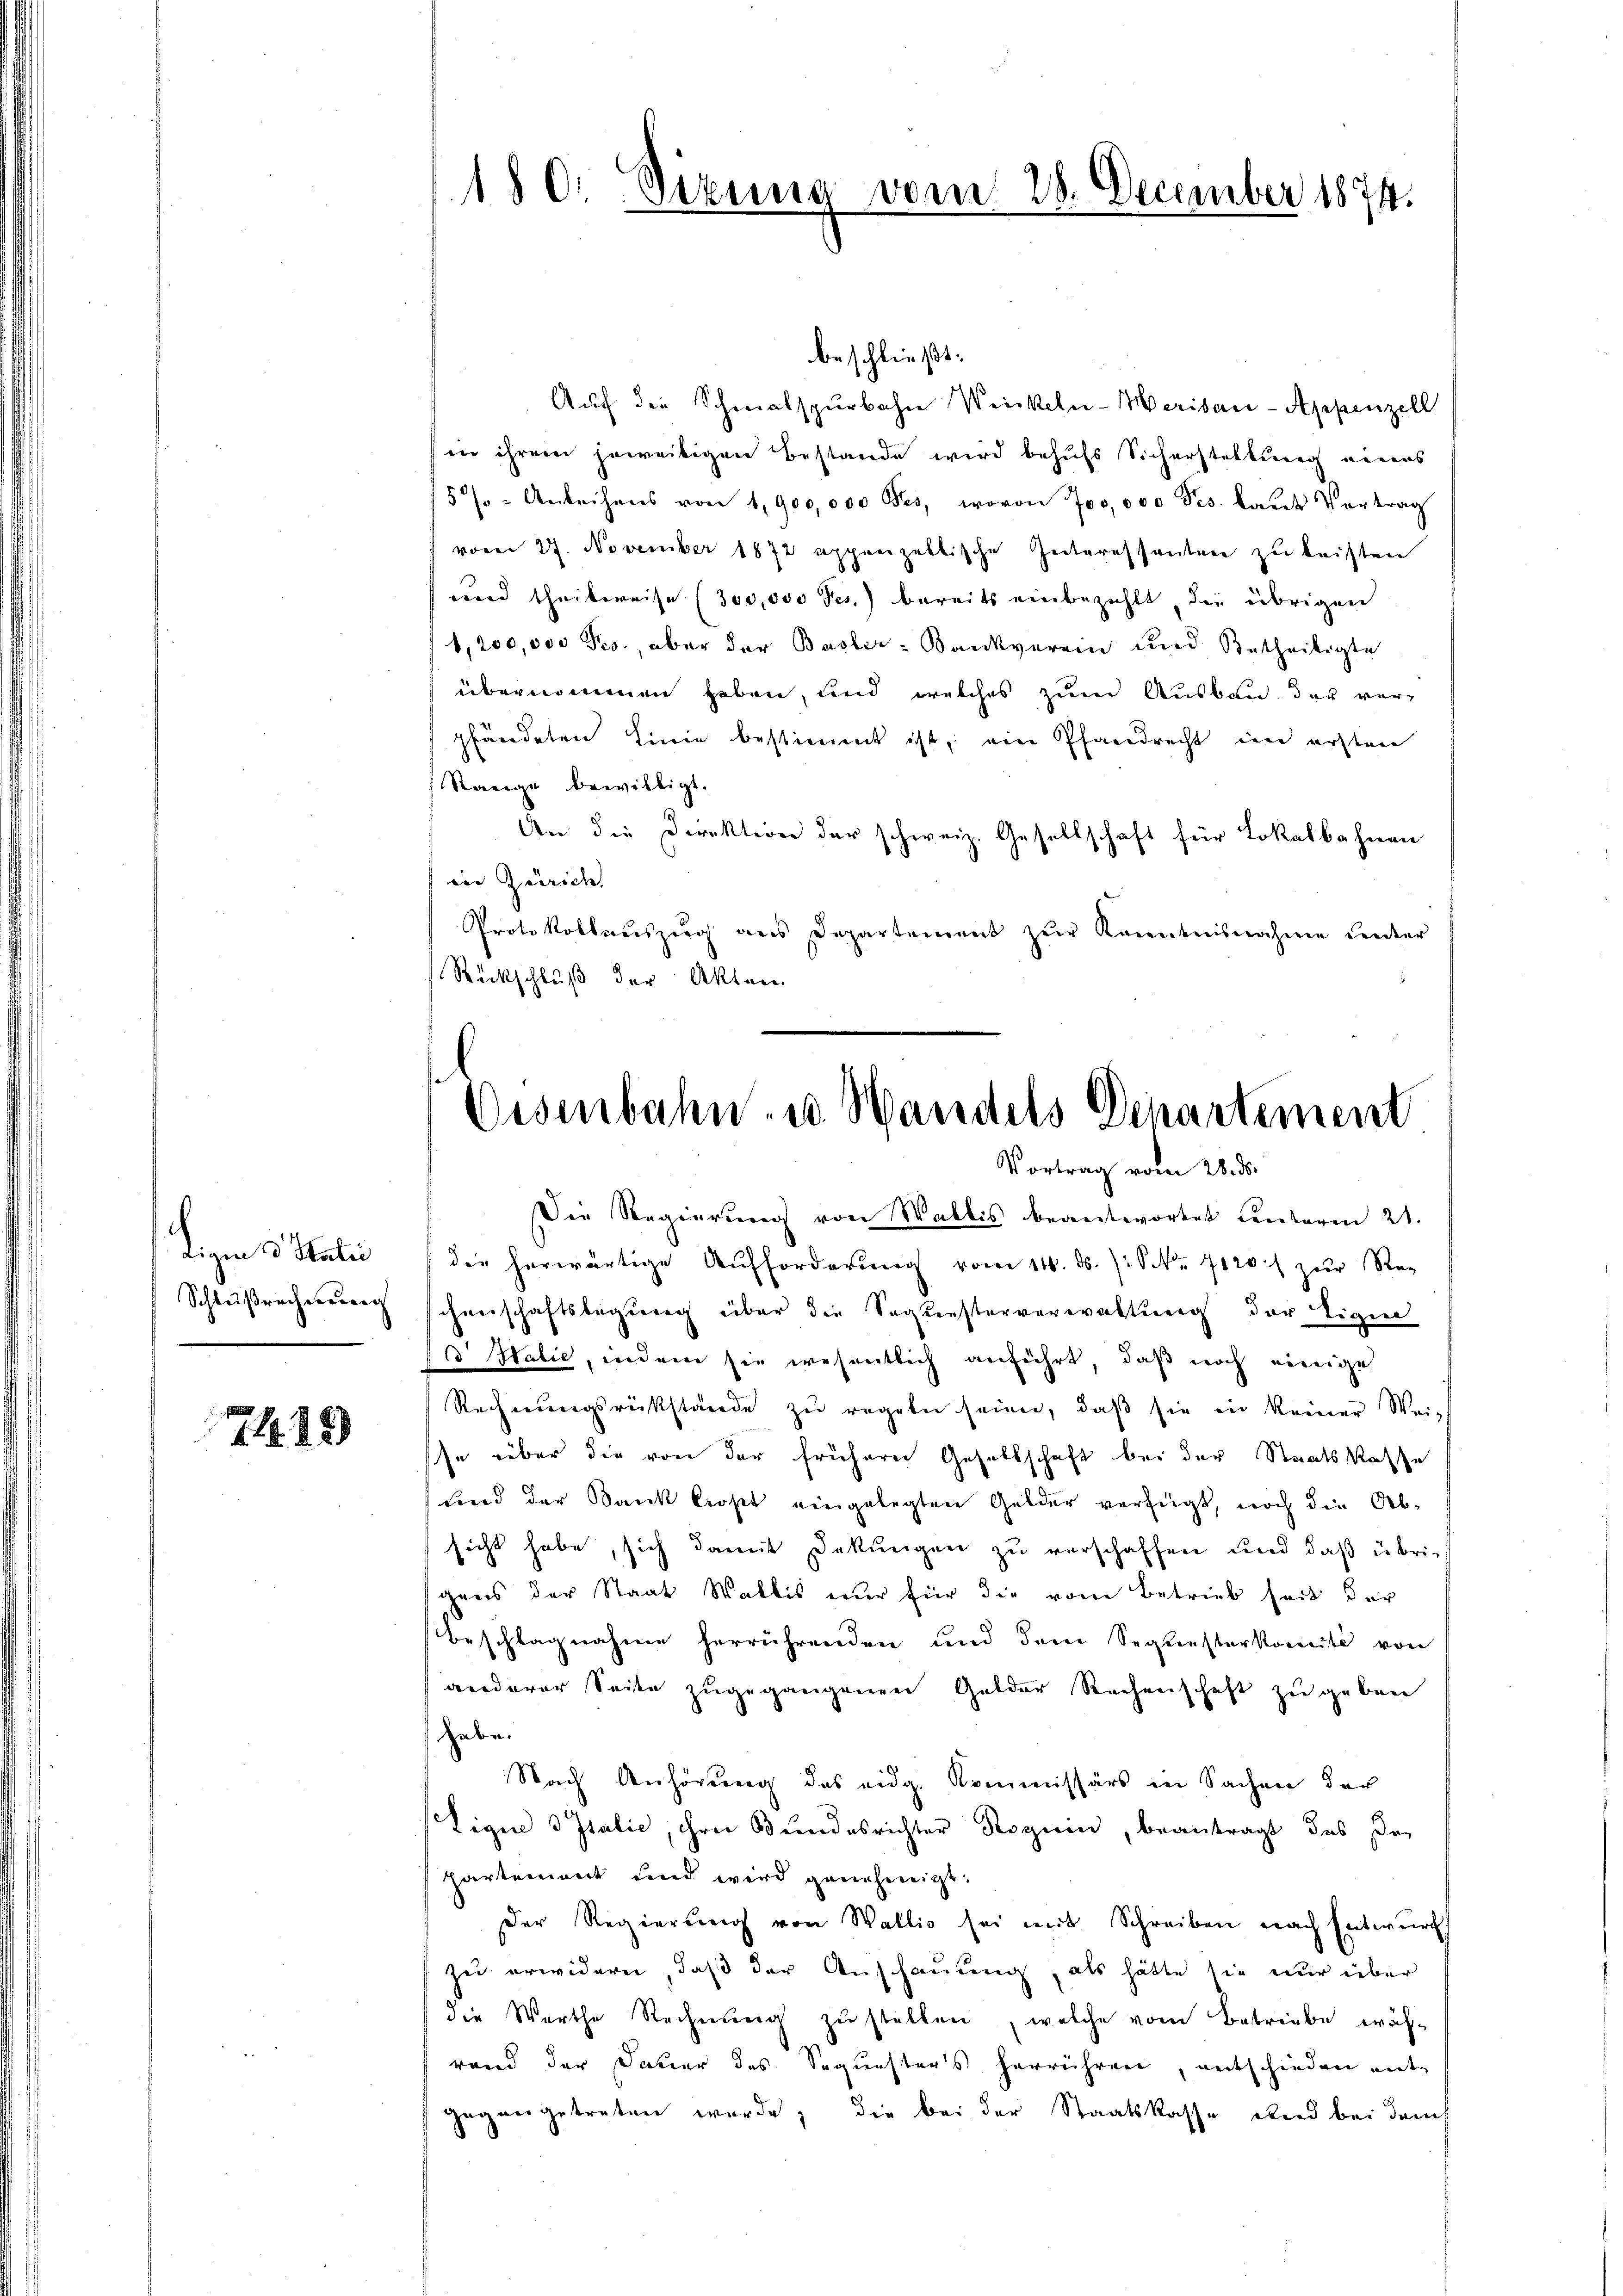
Ligen 13. Statio
Schlußrecherung

7. 25

180. Sizung vom 28. December 1874.

beschließt:
Aŭf die Schmalspurbahn Weinkeln-Meribau-Appenzell
in ihrem jeweitigen Bestande wird behufs Sicherstellung eines
5% - Anleihens von 1,900,000 Bes, wovon 700,000 Pes. laut Vortrag
vom 27. November 1872 appenzeltische Interessanten zu leisten
und theilweise (300,000 Fr.) bereits einbezahlt die übrigen
1,200,000 Fco., aber der Basler-Bankverein und Betheiligte
übernommen haben, und welches zum Ausbau der verpfändeten Linie bestimmt ist, eine Pfandrecht ein erstere
Range bewilligt.
An die Direktion der schweiz. Gesellschaft für Lokalbahnen
ein Zürich
Protokollaŭszŭg ans Departement zŭr Kenntnisnahme Center
Rückschluß der Akten.

Eisenbahn- u. Handels Departement
Vortrag vom 28. ds.

Die Regierŭng von Wallis beantwortet Centerm 21.
die herwärtige Aufforderung vom 14. ds. /: Sekr. 7120) zur Reg
chenschaftslegung über die Segesterverwaltung der Eigen
d Halie, indem sie wesentlich anführt, daß noch vereige
Rechnungsrückstände zu regeln seien, daß sie in keiner Weis
se über die von der früherer Gesellschaft bei der Staatskasse
und der Bank kropt eingelegten Gelder verfügt, noch die Ab-
sicht habe, sich damit Dekungen zu verschaffen und daß übrig
gens der Staat Wallis nur für die vom Betrieb heit der
beschlagnahme herrührenden und dem Sequesterkomité von
wiederer Seite zugegangenen Gelder Rechenschaft zu geben
habe.
Nach Anhörung des eidg. Kommissärs in Sachen der
Ligue Italie, ihrer Bundesrichter Roguin, beantragt, das Dr
hartement und wird genehmigt.
Der Regierung von Wallis sei mit Schreiben nach Entwurf
zu erwidern, daß der Anschauung, als hätte sie nur über
die Werthe Rechnŭng zŭ stellen, welche vom Betriebe wäh-
rand der Dauer des Sequesters herrühren, entschieden ent
gegangetreten wurde; die bei der Staatskasse wird bei dem